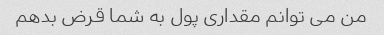
من می توانم مقداری پول به شما قرض بدهم